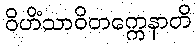
ဝိဟိံသာဝိတက္ကေနာတိ